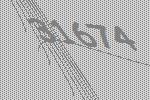
31674